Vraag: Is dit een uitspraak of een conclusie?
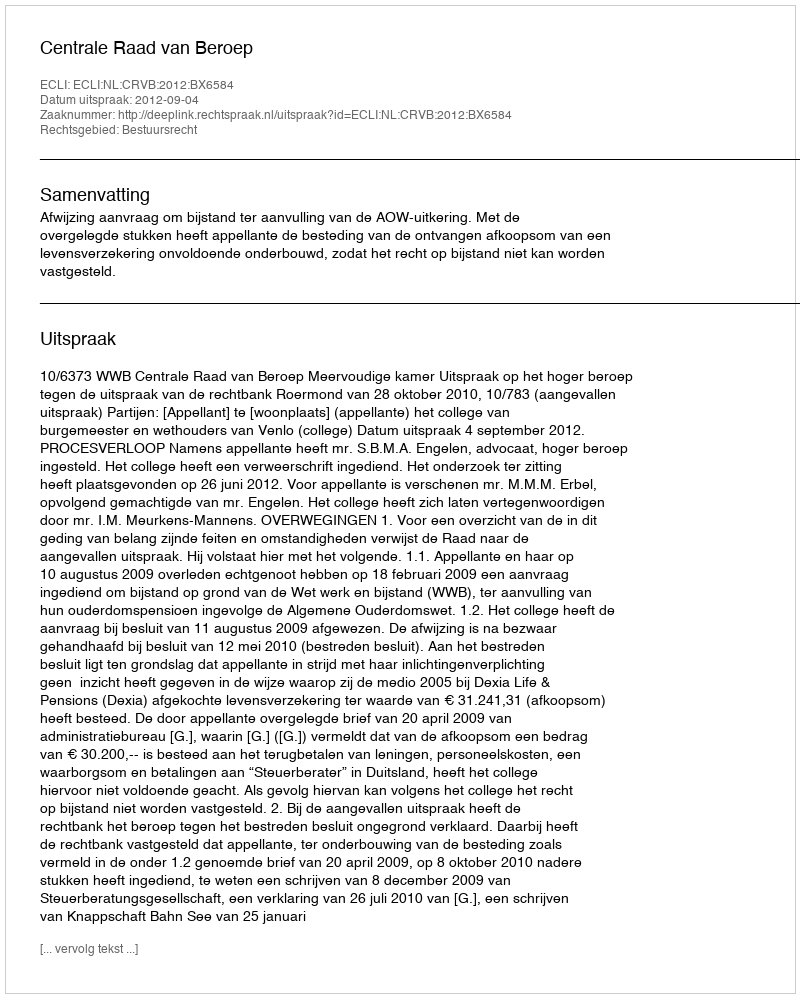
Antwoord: Uitspraak